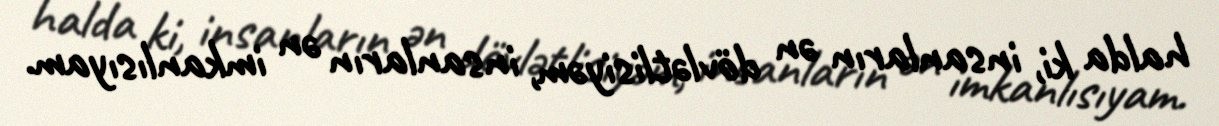
halda ki, insanların ən dövlətlisiyəm, insanların ən imkanlısıyam.